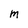
Character: M